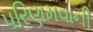
પરિણમવાની